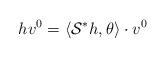
LaTeX: \begin{align*} h v^0 = \langle \mathcal{S}^* h , \theta \rangle \cdot v^0\end{align*}